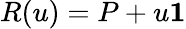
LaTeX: R(u)=P+u\mathbf{1}